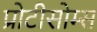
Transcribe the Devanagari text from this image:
प्रोटीसोम्स